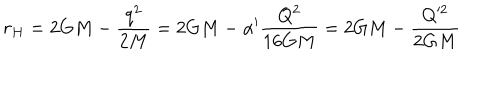
r _ { H } = 2 G M - \frac { q ^ { 2 } } { 2 M } = 2 G M - \alpha ^ { \prime } \frac { Q ^ { 2 } } { 1 6 G M } = 2 G M - \frac { Q ^ { 2 } } { 2 G M }